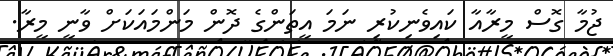
ޖުމާ ގޮސް މީރާއާ ކައިވެނިކުރި ނަމަ އީތަންގެ ދޮން މަންމައަކަށް ވާނީ މީރާ.